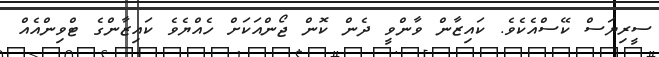
ސީރިޔަސް ކޭސްއެކެވެ. ކައިޒާން ވާންވީ ދެން ކޮން ޖޯންއަކަށް ހެއްޔެވެ ކައިޒާންގެ ޓްވިންއެއް